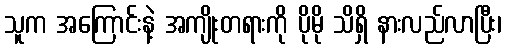
သူက အကြောင်းနဲ့ အကျိုးတရားကို ပိုမို သိရှိ နားလည်လာပြီး၊